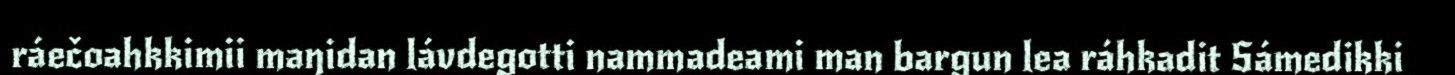
ráečoahkkimii maŋidan lávdegotti nammadeami man bargun lea ráhkadit Sámedikki